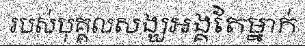
របស់បុគ្គលសង្ឃអង្គតែម្នាក់